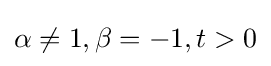
\alpha \neq 1,\beta =-1,t>0